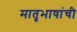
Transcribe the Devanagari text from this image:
मातृभाषांची